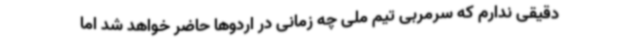
دقیقی ندارم که سرمربی تیم ملی چه زمانی در اردوها حاضر خواهد شد اما